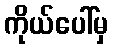
ကိုယ်ပေါ်မှ